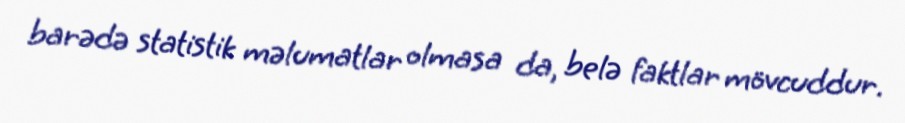
barədə statistik məlumatlar olmasa da, belə faktlar mövcuddur.